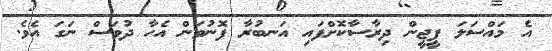
އެ މައްސަލަ ޕީޖީން ދިރާސާކޮށްފައި އަނބުރާ ފޮނުވަން އެހާ ދުވަސް ނަގަ އެވެ.